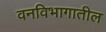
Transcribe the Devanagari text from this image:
वनविभागातील